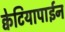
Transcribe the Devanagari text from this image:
क्वेटियापाईन